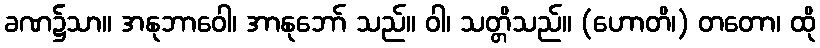
ခဏ၌သာ။ အနုဘာဝေါ၊ အာနုဘော် သည်။ ဝါ၊ သတ္တိသည်။ (ဟောတိ၊) တတော၊ ထို